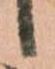
候